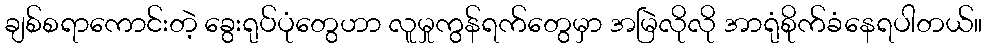
ချစ်စရာကောင်းတဲ့ ခွေးရုပ်ပုံတွေဟာ လူမှုကွန်ရက်တွေမှာ အမြဲလိုလို အာရုံစိုက်ခံနေရပါတယ်။